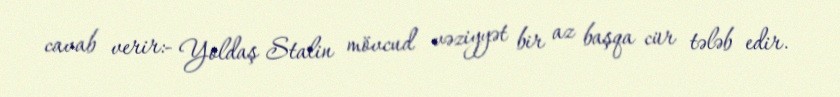
cavab verir:- Yoldaş Stalin mövcud vəziyyət bir az başqa cür tələb edir.